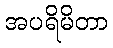
အပရိမိတာ